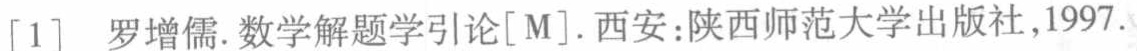
[1] 罗增儒.数学解题学引论[M].西安:陕西师范大学出版社,1997.